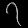
Digit: ၇